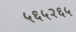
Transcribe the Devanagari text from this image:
५६५२६५